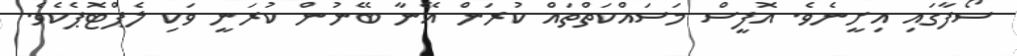
ސޯފާގައި އިށީނެވެ. އޮފީސް މަސައްކަތްތައް ކުރަން އޭނާ ބޭނުން ކުރަނީ ވަކި ލެޕްޓޮޕެކެވެ.